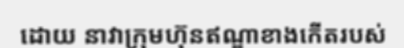
ដោយ នាវាក្រុមហ៊ុនឥណ្ឌាខាងកើតរបស់